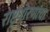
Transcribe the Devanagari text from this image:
राष्ट्रधोरणांचा